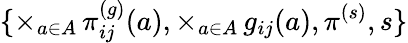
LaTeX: \{ \times_{a\in A}\, \pi_{ij}^{(g)}(a),\times_{a\in A}\, g_{ij}(a),\pi^{(s)},s\}